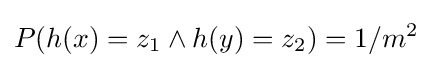
P(h(x)=z_{1}\land h(y)=z_{2})=1/m^{2}